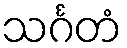
သင်္ဂတံ